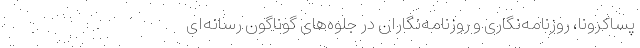
پساکرونا، روزنامه‌نگاری و روزنامه‌نگاران در جلوه‌های گوناگون رسانه‌ای